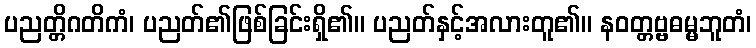
ပညတ္တိဂတိကံ၊ ပညတ်၏ဖြစ်ခြင်းရှိ၏။ ပညတ်နှင့်အလားတူ၏။ နဝတ္တဗ္ဗဓမ္မဘူတံ၊